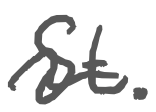
Text: St.
Cross-out: wave
Writing tool: digital_gray